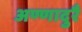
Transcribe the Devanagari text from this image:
अण्णादुरै